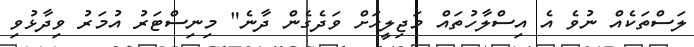
ލަސްތަކެއް ނުވެ އެ އިސްލާހުތައް މަޖިލީހަށް ވަދެގެން ދާނެ" މިނިސްޓަރު އުމަރު ވިދާޅުވި